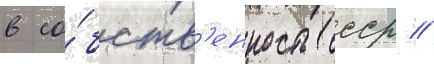
в со́бств'енность ссср //